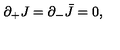
\partial _ { + } J = \partial _ { - } \bar { J } = 0 ,